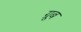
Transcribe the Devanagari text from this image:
ग्रूब